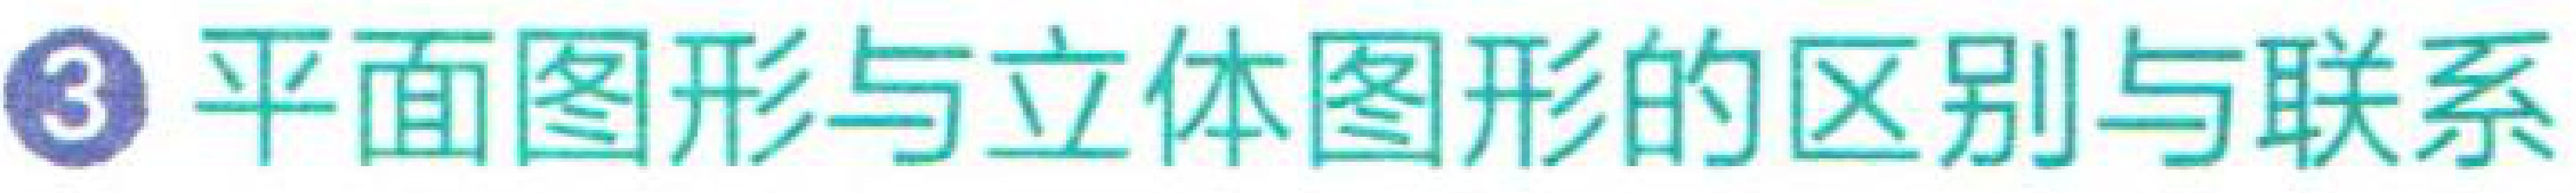
\textcircled{3} 平面图形与立体图形的区别与联系